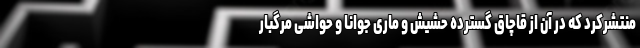
منتشرکرد که در آن از قاچاق گسترده حشیش و ماری جوانا و حواشی مرگبار